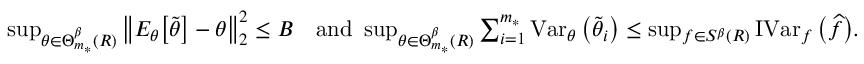
\begin{array} { r } { \operatorname* { s u p } _ { \theta \in \Theta _ { m _ { * } } ^ { \beta } ( R ) } \big \| E _ { \theta } \big [ \widetilde \theta \big ] - \theta \big \| _ { 2 } ^ { 2 } \leq B \quad \mathrm { a n d } \ \operatorname* { s u p } _ { \theta \in \Theta _ { m _ { * } } ^ { \beta } ( R ) } \sum _ { i = 1 } ^ { m _ { * } } \operatorname { V a r } _ { \theta } \big ( \widetilde \theta _ { i } \big ) \leq \operatorname* { s u p } _ { f \in S ^ { \beta } ( R ) } \operatorname { I V a r } _ { f } \big ( \widehat f \big ) . } \end{array}